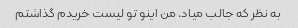
به نظر که جالب میاد. من اینو تو لیست خریدم گذاشتم